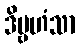
ဒိဗ္ဗဟံသာ